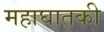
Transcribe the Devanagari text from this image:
महाघातकी